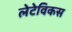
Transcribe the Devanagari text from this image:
लेटेविकस